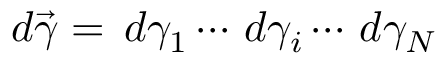
d \vec { \gamma } = \, d { \gamma } _ { 1 } \dotsm \, d { \gamma } _ { i } \dotsm \, d { \gamma } _ { N }